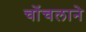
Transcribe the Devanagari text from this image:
चोंचलाने